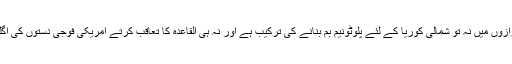
منکشف کئے گئے ان رازوں میں نہ تو شمالی کوریا کے لئے پلوٹونیم بم بنانے کی ترکیب ہے اور نہ ہی القاعدہ کا تعاقب کرتے امریکی فوجی دستوں کی اگلی پیش قدمی کا سراغ ۔